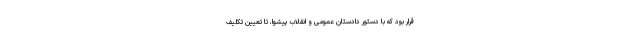
قرار بود که با دستور دادستان عمومی و انقلاب پیشوا، تا تعیین تکلیف